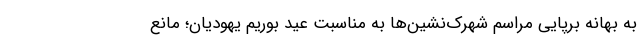
به بهانه برپایی مراسم شهرک‌نشین‌ها به مناسبت عید بوریم یهودیان؛ مانع